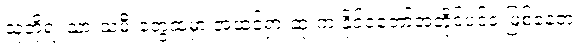
သူတို့ရဲ့ သားသမီးတွေထဲမှာ အထင်ရှားဆုံးက နိုင်ငံတော်အတိုင်ပင်ခံ ဖြစ်နေတဲ့